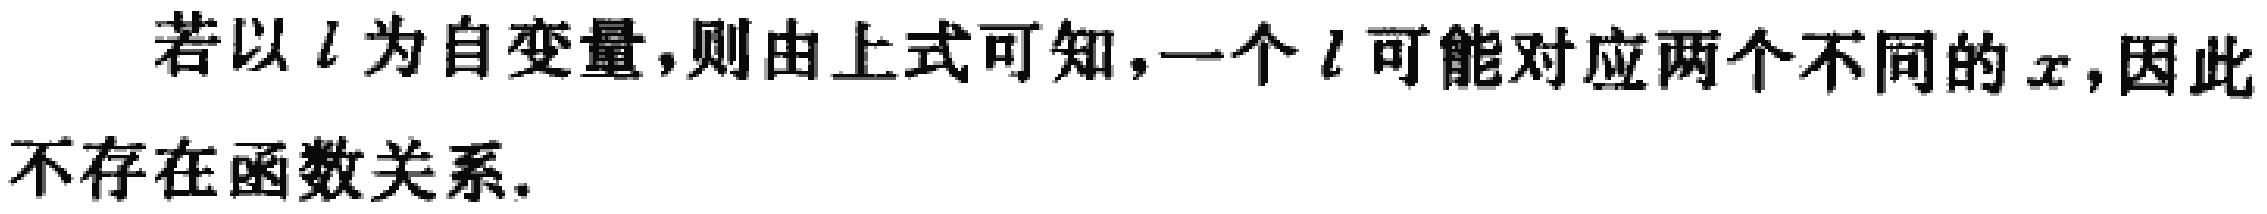
若以\(l\)为自变量，则由上式可知，一个\(l\)可能对应两个不同的\(x\)，因此不存在函数关系.